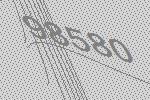
98580